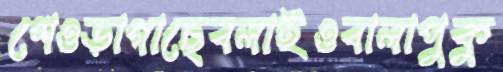
শেওড়াগাছেবলাইওবালাপুকু